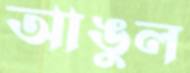
আঙুল